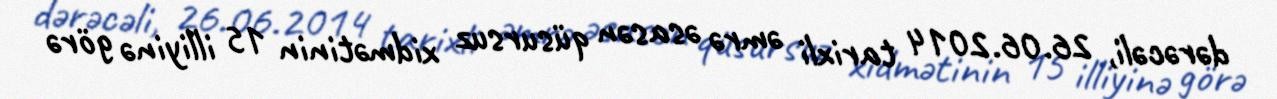
dərəcəli, 26.06.2014 tarixli əmrə əsasən qüsursuz xidmətinin 15 illiyinə görə